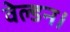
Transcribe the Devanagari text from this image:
वेल्डन।